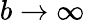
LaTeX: b\rightarrow\infty